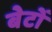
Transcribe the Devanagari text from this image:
बेटोँ